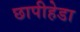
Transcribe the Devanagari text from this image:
छापीहेडा